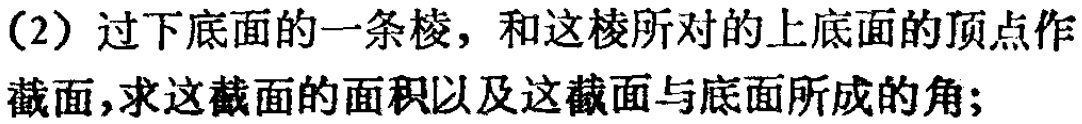
（2）过下底面的一条棱，和这棱所对的上底面的顶点作截面，求这截面的面积以及这截面与底面所成的角；